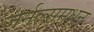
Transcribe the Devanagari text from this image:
जर्नल्समधून